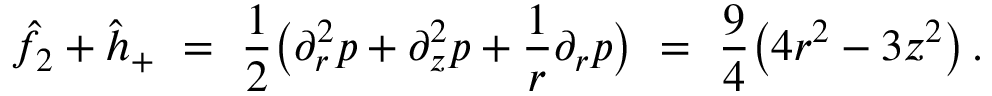
\hat { f } _ { 2 } + \hat { h } _ { + } \ = \ \frac 1 2 \big ( \partial _ { r } ^ { 2 } p + \partial _ { z } ^ { 2 } p + \frac 1 r \partial _ { r } p \big ) \ = \ \frac 9 4 \big ( 4 r ^ { 2 } - 3 z ^ { 2 } \big ) \, .